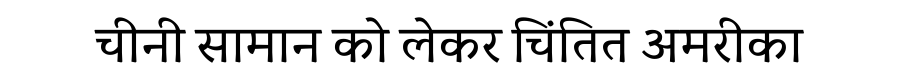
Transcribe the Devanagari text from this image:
चीनी सामान को लेकर चिंतित अमरीका